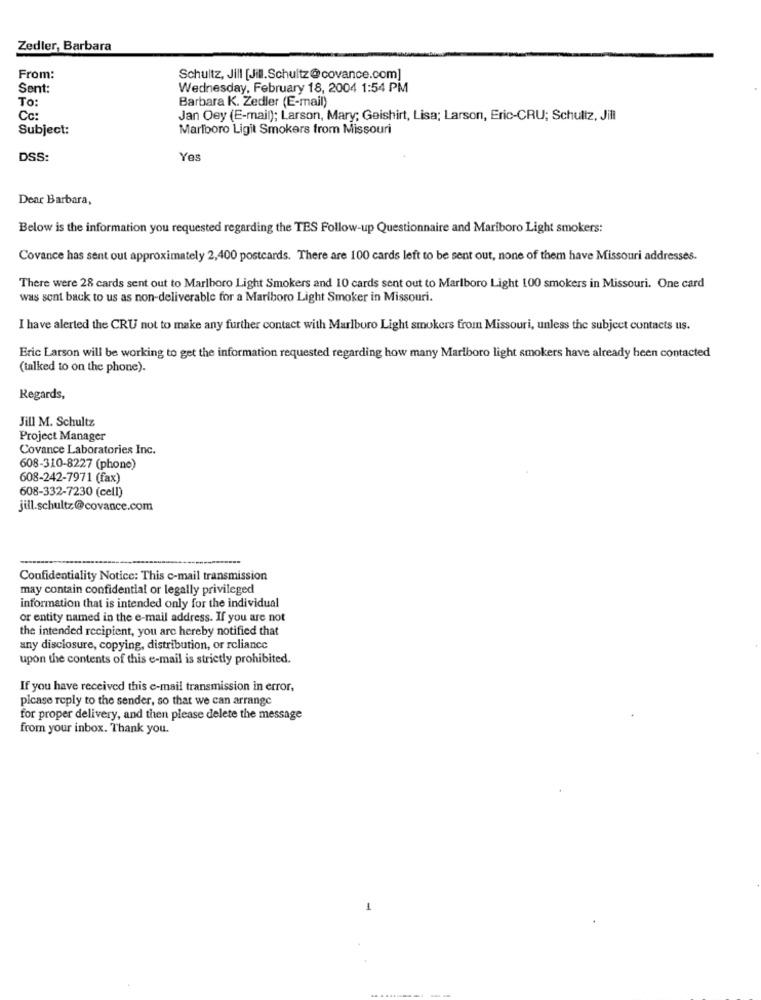
Zedler, Barbara
From:
Schultz, Jill [Jill.Schultz@covance.com]
Sent:
Wednesday, February 18, 2004 1:54 PM
To:
Barbara K. Zedler (E-mail)
Cc
Jan Oey (E-mail); Larson, Mary; Geishirt, Lisa; Larson, Eric-CRU; Schultz, Jill
Subject:
Marlboro Ligit Smokers from Missouri
DSS:
Yes
Dear Barbara,
Below is the information you requested regarding the TES Follow-up Questionnaire and Mariboro Light smokers:
Covance has sent out approximately 2,400 postcards. There are 100 cards left to be sent out, none of them have Missouri addresses.
There were 28 cards sent out to Marlboro Light Smokers and 10 cards sent out to Marlboro Light 100 smokers in Missouri. One card
was sent back to us as non-deliverable for a Marlboro Light Smoker in Missouri.
I have alerted the CRU not to make any further contact with Marlboro Light smokers from Missouri, unless the subject contacts us.
Eric Larson will be working to get the information requested regarding how many Marlboro light smokers have already heen contacted
(talked to on the phone).
Regards,
Jill M. Schultz
Project Manager
Covance Laboratories Inc.
608-310-8227 (phone)
608-242-7971 (fax)
608-332-7230 (cell)
jill.schultz@covance.com
Confidentiality Notice: This e-mail transmission
may contain confidential or legally privileged
information that is intended only for the individual
or entity named in the e-mail address. If you are not
the intended recipient, you are hereby notified that
any disclosure, copying, distribution, or reliance
upon the contents of this e-mail is strictly prohibited.
If you have received this e-mail transmission in error,
picase reply to the sender, so that we can arrange
for proper delivery, and then please delete the message
from your inbox. Thank you.